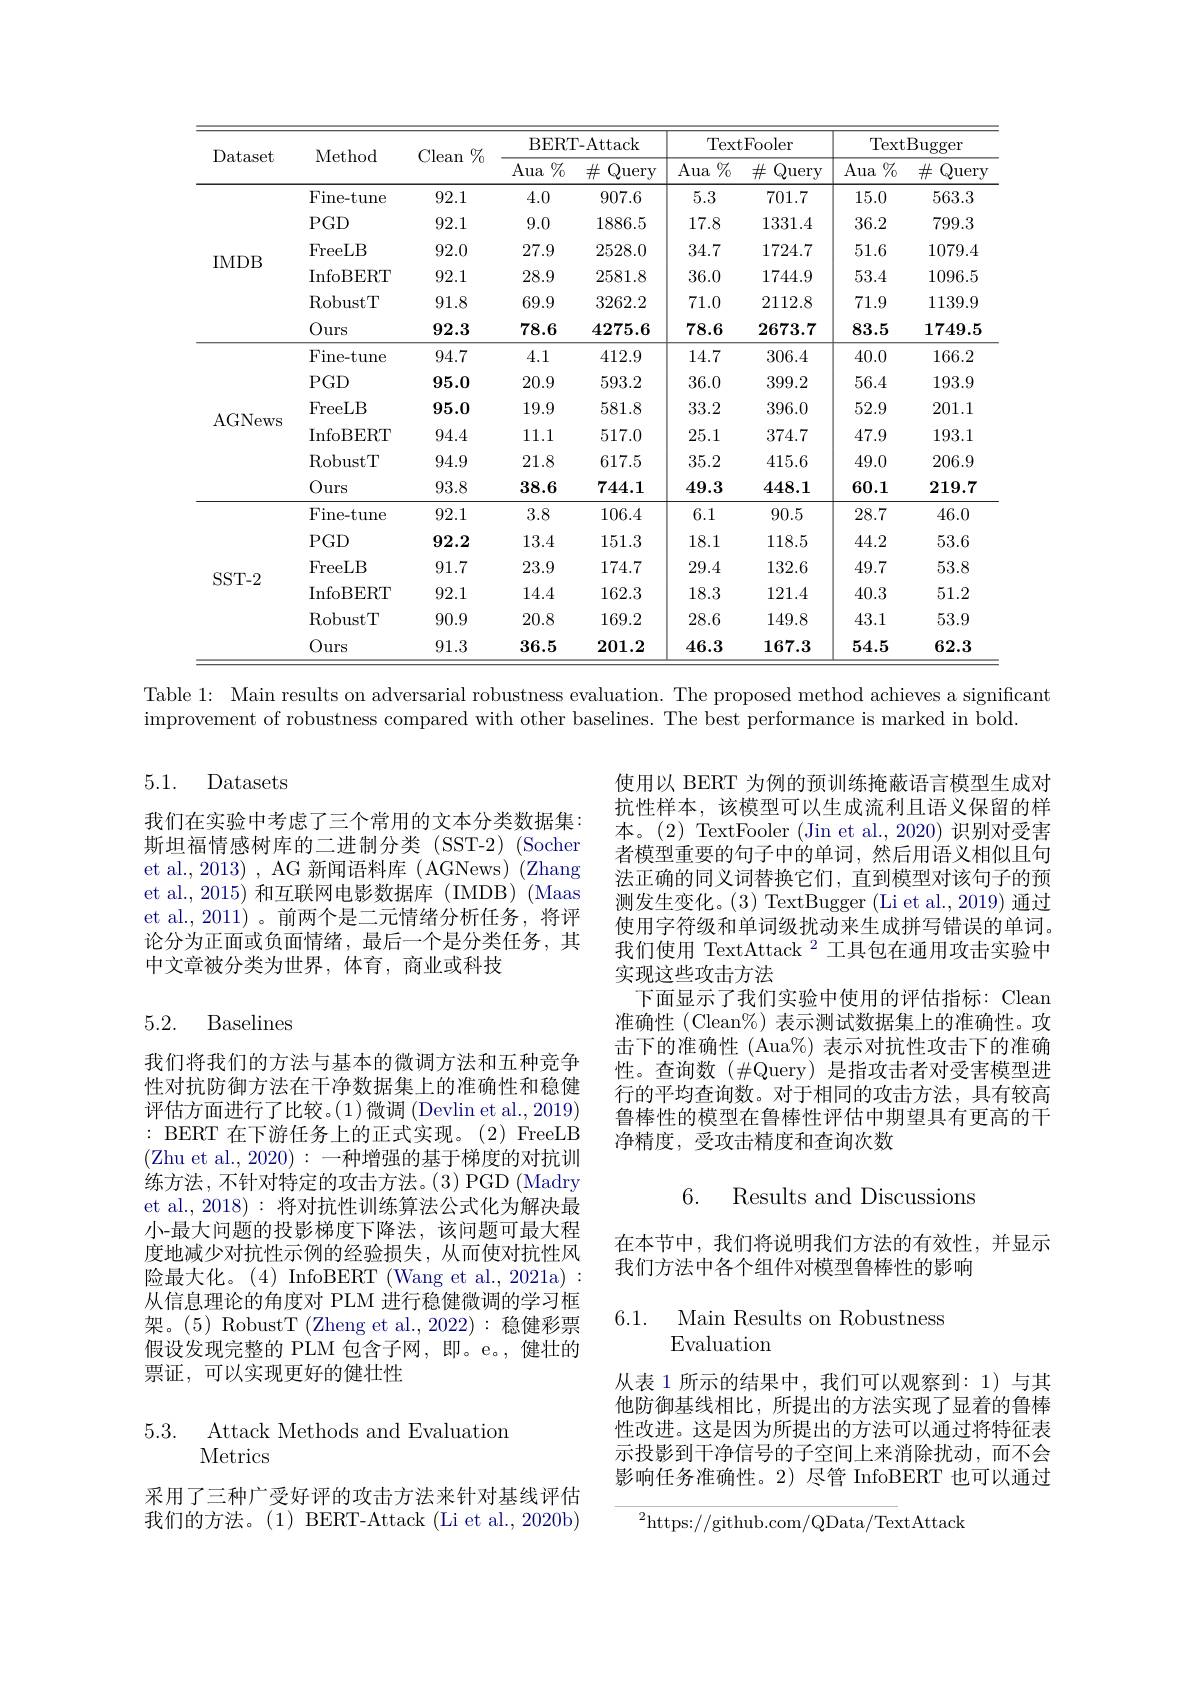
<table>
	<tbody>
		<tr>
			<th rowspan="2">Dataset</th>
			<th rowspan="2">Method</th>
			<th rowspan="2">Clean $\%$</th>
			<th colspan="2">BERT- Attack</th>
			<th colspan="2">TextFooler</th>
			<th colspan="2">$\operatorname{TextBugger}$</th>
		</tr>
		<tr>
			<th>Aua $\%$</th>
			<th>$\#$Query</th>
			<th>Aua $\%$</th>
			<th>$\#$Query</th>
			<th>Aua $\%_0$</th>
			<th>$\#$Query</th>
		</tr>
		<tr>
			<td rowspan="6">IMDB</td>
			<td>$\operatorname{Fine-tune}$</td>
			<td>92.1</td>
			<td>4.0</td>
			<td>907.6</td>
			<td>5.3</td>
			<td>701.7</td>
			<td>15.0</td>
			<td>563.3</td>
		</tr>
		<tr>
			<td>$PGD$</td>
			<td>92.1</td>
			<td>9.0</td>
			<td>1886.5</td>
			<td>17.8</td>
			<td>1331.4</td>
			<td>36.2</td>
			<td>799.3</td>
		</tr>
		<tr>
			<td>FreeLB</td>
			<td>92.0</td>
			<td>27.9</td>
			<td>2528.0</td>
			<td>34.7</td>
			<td>1724.7</td>
			<td>51.6</td>
			<td>1079.4</td>
		</tr>
		<tr>
			<td>InfoBERT</td>
			<td>92.1</td>
			<td>28.9</td>
			<td>2581.8</td>
			<td>36.0</td>
			<td>1744.9</td>
			<td>53.4</td>
			<td>1096.5</td>
		</tr>
		<tr>
			<td>$\operatorname{RobustT}$</td>
			<td>91.8</td>
			<td>69.9</td>
			<td>3262.2</td>
			<td>71.0</td>
			<td>2112.8</td>
			<td>71.9</td>
			<td>1139.9</td>
		</tr>
		<tr>
			<td>Ours</td>
			<td>92.3</td>
			<td>78.6</td>
			<td>4275.6</td>
			<td>78.6</td>
			<td>2673.7</td>
			<td>83.5</td>
			<td>1749.5</td>
		</tr>
		<tr>
			<td rowspan="6">AGNews</td>
			<td>Fine- tune</td>
			<td>94.7</td>
			<td>4.1</td>
			<td>412.9</td>
			<td>14.7</td>
			<td>306.4</td>
			<td>40.0</td>
			<td>166.2</td>
		</tr>
		<tr>
			<td>$PGD$</td>
			<td>95.0</td>
			<td>20.9</td>
			<td>593.2</td>
			<td>36.0</td>
			<td>399.2</td>
			<td>56.4</td>
			<td>193.9</td>
		</tr>
		<tr>
			<td>FreeLB</td>
			<td>95.0</td>
			<td>19.9</td>
			<td>581.8</td>
			<td>33.2</td>
			<td>396.0</td>
			<td>52.9</td>
			<td>201.1</td>
		</tr>
		<tr>
			<td>InfoBERT</td>
			<td>94.4</td>
			<td>11.1</td>
			<td>517.0</td>
			<td>25.1</td>
			<td>374.7</td>
			<td>47.9</td>
			<td>193.1</td>
		</tr>
		<tr>
			<td>$\operatorname{RobustT}$</td>
			<td>94.9</td>
			<td>21.8</td>
			<td>617.5</td>
			<td>35.2</td>
			<td>415.6</td>
			<td>49.0</td>
			<td>206.9</td>
		</tr>
		<tr>
			<td>Ours</td>
			<td>93.8</td>
			<td>38.6</td>
			<td>744.1</td>
			<td>49.3</td>
			<td>448.1</td>
			<td>60.1</td>
			<td>219.7</td>
		</tr>
		<tr>
			<td rowspan="6">SST- 2</td>
			<td>$\operatorname{Fine-tune}$</td>
			<td>92.1</td>
			<td>3.8</td>
			<td>106.4</td>
			<td>6.1</td>
			<td>90.5</td>
			<td>28.7</td>
			<td>46.0</td>
		</tr>
		<tr>
			<td>$PGD$</td>
			<td>92.2</td>
			<td>13.4</td>
			<td>151.3</td>
			<td>18.1</td>
			<td>118.5</td>
			<td>44.2</td>
			<td>53.6</td>
		</tr>
		<tr>
			<td>FreeLB</td>
			<td>91.7</td>
			<td>23.9</td>
			<td>174.7</td>
			<td>29.4</td>
			<td>132.6</td>
			<td>49.7</td>
			<td>53.8</td>
		</tr>
		<tr>
			<td>InfoBERT</td>
			<td>92.1</td>
			<td>14.4</td>
			<td>162.3</td>
			<td>18.3</td>
			<td>121.4</td>
			<td>40.3</td>
			<td>51.2</td>
		</tr>
		<tr>
			<td>$\operatorname{RobustT}$</td>
			<td>90.9</td>
			<td>20.8</td>
			<td>169.2</td>
			<td>28.6</td>
			<td>149.8</td>
			<td>43.1</td>
			<td>53.9</td>
		</tr>
		<tr>
			<td>Ours</td>
			<td>91.3</td>
			<td>36.5</td>
			<td>201.2</td>
			<td>46.3</td>
			<td>167.3</td>
			<td>54.5</td>
			<td>62.3</td>
		</tr>
	</tbody>
</table>
Table 1: Main results on adversarial robustness evaluation. The proposed method achieves a significant

improvement of robustness compared with other baselines. The best performance is marked in bold.

5.1. Datasets

我们在实验中考虑了三个常用的文本分类数据集： 斯坦福情感树库的二进制分类(SST-2)(Socher et al., 2013) , AG 新闻语料库 ( AGNews) (Zhang et al., 2015) 和互联网电影数据库(IMDB)(Maas et al., 2011)。前两个是二元情绪分析任务，将评论分为正面或负面情绪，最后一个是分类任务，其中文章被分类为世界，体育，商业或科技

使用以 BERT 为例的预训练掩蔽语言模型生成对抗性样本，该模型可以生成流利且语义保留的样本。(2) TextFooler (Jin et al., 2020) 识别对受害者模型重要的句子中的单词，然后用语义相似且句法正确的同义词替换它们，直到模型对该句子的预测发生变化。(3) TextBugger (Li et al., 2019) 通过使用字符级和单词级扰动来生成拼写错误的单词。我们使用 TextAttack $^{2}$工具包在通用攻击实验中实现这些攻击方法
下面显示了我们实验中使用的评估指标：Clean 准确性(Clean%)表示测试数据集上的准确性。攻击下的准确性 (Aua%) 表示对抗性攻击下的准确性。查询数($\#Query)是指攻击者对受害模型进$ 行的平均查询数。对于相同的攻击方法，具有较高鲁棒性的模型在鲁棒性评估中期望具有更高的干净精度，受攻击精度和查询次数

5.2. Baselines

6. Results and Discussions

我们将我们的方法与基本的微调方法和五种竞争性对抗防御方法在干净数据集上的准确性和稳健评估方面进行了比较。(1)微调 (Devlin et al., 2019) : BERT 在下游任务上的正式实现。(2)FreeLB (Zhu et al., 2020):—种增强的基于梯度的对抗训练方法，不针对特定的攻击方法。(3)PGD (Madry et al., 2018): 将对抗性训练算法公式化为解决最小-最大问题的投影梯度下降法，该问题可最大程度地减少对抗性示例的经验损失，从而使对抗性风险最大化。(4) InfoBERT (Wang et al., 2021a) 从信息理论的角度对 PLM 进行稳健微调的学习框架。(5) RobustT (Zheng et al.,2022):稳健彩票假设发现完整的 PLM 包含子网，即。e。,健壮的票证，可以实现更好的健壮性

在本节中，我们将说明我们方法的有效性，并显示
我们方法中各个组件对模型鲁棒性的影响

6.1. Main Results on Robustness
Evaluation

从表 1 所示的结果中，我们可以观察到：1) 与其他防御基线相比，所提出的方法实现了显着的鲁棒性改进。这是因为所提出的方法可以通过将特征表示投影到干净信号的子空间上来消除扰动，而不会影响任务准确性。2)尽管 InfoBERT 也可以通过

# 5.3. Attack Methods and Evaluation Metrics

采用了三种广受好评的攻击方法来针对基线评估我们的方法。(1) BERT-Attack (Li et al., 2020b)

${^{2}\mathrm{https://github.com/QData/TextAttack}}$